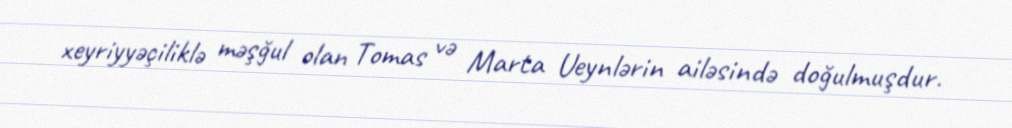
xeyriyyəçiliklə məşğul olan Tomas və Marta Ueynlərin ailəsində doğulmuşdur.